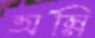
অম্‌নি